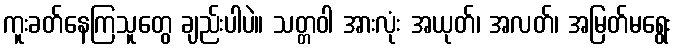
ကူးခတ်နေကြသူတွေ ချည်းပါပဲ။ သတ္တဝါ အားလုံး အယုတ်၊ အလတ်၊ အမြတ်မရွေး